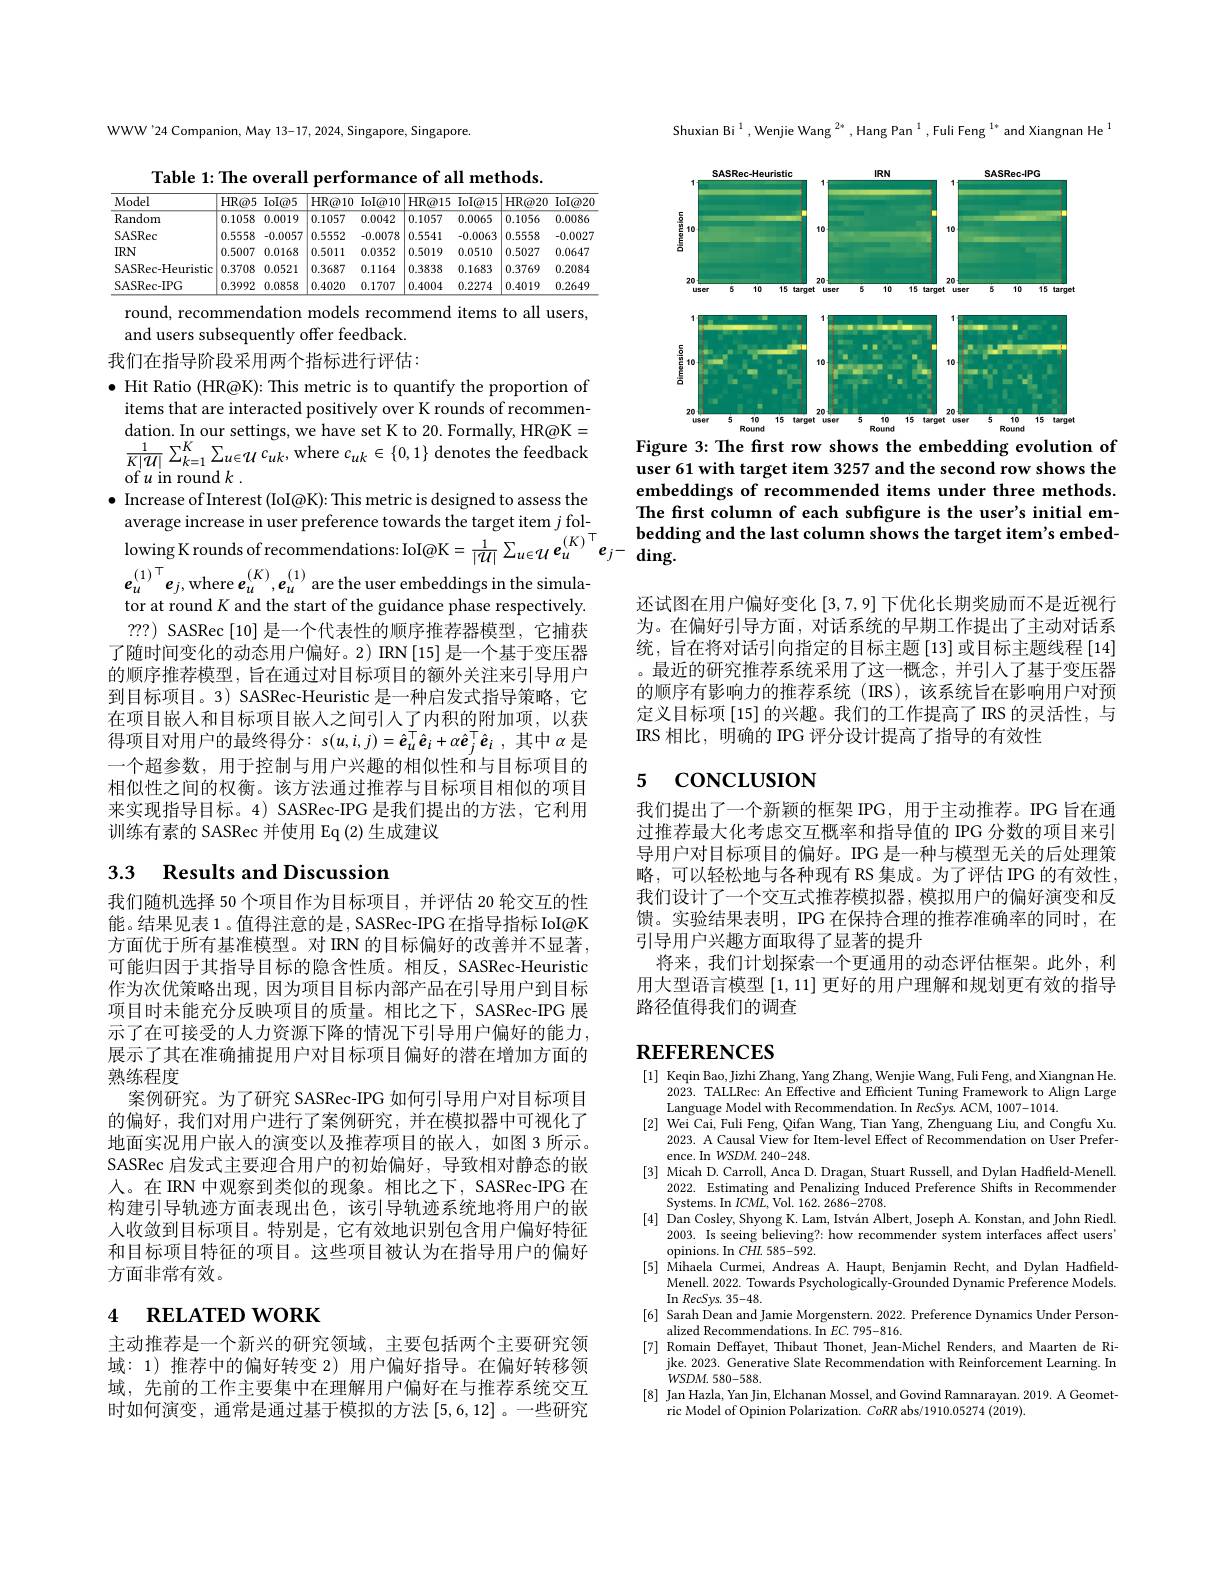
WWW'24 Companion, May 13-17, 2024, Singapore, Singapore.

Table 1: The overall performance of all methods.
<table>
	<tbody>
		<tr>
			<th>Model</th>
			<th>$HR@5$</th>
			<th>$IoI@5$</th>
			<th>$HR@10$</th>
			<th>$\operatorname{IoI@10}$</th>
			<th>$HR@15$</th>
			<th>$\operatorname{Iol@15}$</th>
			<th>$HR@20$</th>
			<th>$\operatorname{Iol@20}$</th>
		</tr>
		<tr>
			<td>Random</td>
			<td>0.1058</td>
			<td>0.0019</td>
			<td>0.1057</td>
			<td>0.0042</td>
			<td>0.1057</td>
			<td>0.0065</td>
			<td>0.1056</td>
			<td>0.0086</td>
		</tr>
		<tr>
			<td>SASRec</td>
			<td>0.5558</td>
			<td>-0.0057</td>
			<td>0.5552</td>
			<td>-0.0078</td>
			<td>0.5541</td>
			<td>-0.0063</td>
			<td>0.5558</td>
			<td>-0.0027</td>
		</tr>
		<tr>
			<td>$IRN$</td>
			<td>0.5007</td>
			<td>0.0168</td>
			<td>0.5011</td>
			<td>0.0352</td>
			<td>0.5019</td>
			<td>0.0510</td>
			<td>0.5027</td>
			<td>0.0647</td>
		</tr>
		<tr>
			<td>SASRec-Heuristic</td>
			<td>0.3708</td>
			<td>0.0521</td>
			<td>0.3687</td>
			<td>0.1164</td>
			<td>0.3838</td>
			<td>0.1683</td>
			<td>0.3769</td>
			<td>0.2084</td>
		</tr>
		<tr>
			<td>SASRec-IPG</td>
			<td>0.3992</td>
			<td>0.0858</td>
			<td>0.4020</td>
			<td>0.1707</td>
			<td>0.4004</td>
			<td>0.2274</td>
			<td>0.4019</td>
			<td>0.2649</td>
		</tr>
	</tbody>
</table>

round, recommendation models recommend items to all users,
and users subsequently offer feedback.

我们在指导阶段采用两个指标进行评估：
$\bullet$ Hit Ratio (HR@K): This metric is to quantify the proportion of items that are interacted positively over K rounds of recommen- $\begin{array}{l}{\mathrm{dation.~In~our~settings,~we~have~set~K~to~20.~Formally,~HR@K=}}\\{\frac{1}{K|\mathcal{U}|}\sum_{k=1}^{K}\sum_{u\in\mathcal{U}}c_{uk},~\mathrm{where~}c_{uk}\in\{0,1\}~\mathrm{denotes~the~feedback}}\\{\mathrm{of~u~in~round~}k}\end{array}$ of$u$ in round $k$
$\bullet$ Increase of Interest (IoI@K): This metric is designed to assess the
average increase in user preference towards the target item $j$ fol- $e_{u}^{(1)^{\top}}e_{j,\mathrm{where~}\boldsymbol{e}_{u}^{(K)},\boldsymbol{e}_{u}^{(1)}\mathrm{are~the~user~embeddings~in~the~simula-}}$ tor at round $K$ and the start of the guidance phase respectively. ??) SASRec[10] 是一个代表性的顺序推荐器模型，它捕获
了随时间变化的动态用户偏好。2) IRN[15] 是一个基于变压器的顺序推荐模型，旨在通过对目标项目的额外关注来引导用户到目标项目。3) SASRec-Heuristic 是一种启发式指导策略，它在项目嵌人和目标项目嵌入之间引人了内积的附加项，以获得项目对用户的最终得分：$s( u, i, j) = \hat{\boldsymbol{e}} _u^{\top }\hat{\boldsymbol{e}} _i+ \alpha \hat{\boldsymbol{e}} _j^{\top }\hat{\boldsymbol{e}} _i$ , 其中$\alpha$是一个超参数，用于控制与用户兴趣的相似性和与目标项目的相似性之间的权衡。该方法通过推荐与目标项目相似的项目来实现指导目标。4) SASRec-IPG 是我们提出的方法，它利用训练有素的 SASRec 并使用 Eq (2) 生成建议

# 3.3 Results and Discussion

我们随机选择 50 个项目作为目标项目，并评估 20 轮交互的性能。结果见表 1 。值得注意的是 , SASRec-IPG 在指导指标 IoI@K 方面优于所有基准模型。对 IRN 的目标偏好的改善并不显著， 可能归因于其指导目标的隐含性质。相反，SASRec-Heuristic 作为次优策略出现，因为项目目标内部产品在引导用户到目标项目时未能充分反映项目的质量。相比之下，SASRec-IPG 展示了在可接受的人力资源下降的情况下引导用户偏好的能力， 展示了其在准确捕捉用户对目标项目偏好的潜在增加方面的熟练程度
案例研究。为了研究 SASRec-IPG 如何引导用户对目标项目的偏好，我们对用户进行了案例研究，并在模拟器中可视化了地面实况用户嵌入的演变以及推荐项目的嵌人，如图 3 所示。SASRec 启发式主要迎合用户的初始偏好，导致相对静态的嵌人。在 IRN 中观察到类似的现象。相比之下，SASRec-IPG 在构建引导轨迹方面表现出色，该引导轨迹系统地将用户的嵌入收敛到目标项目。特别是，它有效地识别包含用户偏好特征和目标项目特征的项目。这些项目被认为在指导用户的偏好方面非常有效。

# 4 RELATED WORK

主动推荐是一个新兴的研究领域，主要包括两个主要研究领域：1) 推荐中的偏好转变 2) 用户偏好指导。在偏好转移领域，先前的工作主要集中在理解用户偏好在与推荐系统交互时如何演变，通常是通过基于模拟的方法[5,6,12] 。一些研究

Shuxian Bi$^1,\text{Wenjie Wang}^{2*},\text{Hang Pan}^{1},\text{Fuli Feng}^{1*}$and Xiangnan He$^1$

<FigureHere>
Figure 3: The first row shows the embedding evolution of

user 61 with target item 3257 and the second row shows the embeddings of recommended items under three methods. The first column of each subfigure is the user's initial em-
avelage Inclease In useI prelerelice towalus Ine alget Ilelli $\int _{0\mathrm{d} \mathrm{d} \mathrm{- } }$bedding and the last column shows the target ite$m^{\prime }$s embed- $\text{lowing K rounds of recommendations: IoI@K}=\frac1{|\mathrm{d}|}\sum_{u\in\mathcal{U}}e_u^{(K)}^{\top}e_j-\:\mathrm{ding.}$

还试图在用户偏好变化[3,7,9]下优化长期奖励而不是近视行为。在偏好引导方面，对话系统的早期工作提出了主动对话系统，旨在将对话引向指定的目标主题[13]或目标主题线程[14] 。最近的研究推荐系统采用了这一概念，并引人了基于变压器的顺序有影响力的推荐系统(RS),该系统旨在影响用户对预定义目标项[15]的兴趣。我们的工作提高了IRS 的灵活性，与IRS 相比，明确的 IPG 评分设计提高了指导的有效性

### 5 CONCLUSION

我们提出了一个新颖的框架 IPG, 用于主动推荐。IPG 旨在通过推荐最大化考虑交互概率和指导值的 IPG 分数的项目来引导用户对目标项目的偏好。IPG 是一种与模型无关的后处理策略，可以轻松地与各种现有 RS 集成。为了评估 IPG 的有效性， 我们设计了一个交互式推荐模拟器，模拟用户的偏好演变和反馈。实验结果表明，IPG 在保持合理的推荐准确率的同时，在引导用户兴趣方面取得了显著的提升
将来，我们计划探索一个更通用的动态评估框架。此外，利用大型语言模型[1,11]更好的用户理解和规划更有效的指导路径值得我们的调查

## REFERENCES

[1] Keqin Bao,Jizhi Zhang, Yang Zhang, Wenjie Wang, Fuli Feng, and Xiangnan He.
2023. TALLRec: An Effective and Efficient Tuning Framework to Align Large $\begin{array}{ll}\text{Language Model with Recommendation.In RecSys.ACM, 1007-1014.}\\[2]&\text{Wei Cai, Fuli Feng, Qifan Wang, Tian Yang, Zhenguang Liu, and Congfu Xu.}\\[2]&\text{Wei Cai, Fuli Feng, Qifan Wang, Tiang, Zhenguang Liu, and Congfu Xu.}\\{2022}&\text{A Cancl Viar for Itar I$
2023. A Causal View for Item-level Effect of Recommendation on User Prefer-
ence. In $WSDM.240-248.$
[3] Micah D. Carroll, Anca D. Dragan, Stuart Russell, and Dylan Hadfield-Menell.
2022. Estimating and Penalizing Induced Preference Shifts in Recommender
Systems. In $ICML$, Vol. 162. 2686-2708.
[4] Dan Cosley, Shyong K. Lam, István Albert, Joseph A. Konstan, and John Riedl.
2003. Is seeing believing?: how recommender system interfaces affect users'
$\operatorname*{opinions.~In~}CHL~585-592.$
[5] Mihaela Curmei, Andreas A. Haupt, Benjamin Recht, and Dylan Hadfield-
Menell. 2022. Towards Psychologically-Grounded Dynamic Preference Models.
In RecSys. 35-48.
[6] Sarah Dean and Jamie Morgenstern. 2022. Preference Dynamics Under Person-
alized Recommendations. In $EC.795-816.$
[7] Romain Deffayet, Thibaut Thonet, Jean-Michel Renders, and Maarten de Ri-
jke. 2023. Generative Slate Recommendation with Reinforcement Learning. In
$WSDM.580-588.$
[8] Jan Hazla, Yan Jin, Elchanan Mossel, and Govind Ramnarayan. 2019. A Geomet-
ric Model of Opinion Polarization. CoRR abs/1910.05274 (2019).